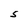
Character: S